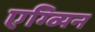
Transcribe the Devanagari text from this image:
एग्व्यिन